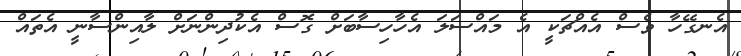
އެނގޭހާ ވެސް އެއްޗަކީ އެ މައްސަލަ އެހާހިސާބަށް ގޮސް އެކުދިންނަށް ލާއިންސާނީ އެތައް